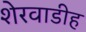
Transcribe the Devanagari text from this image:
शेरवाडीह